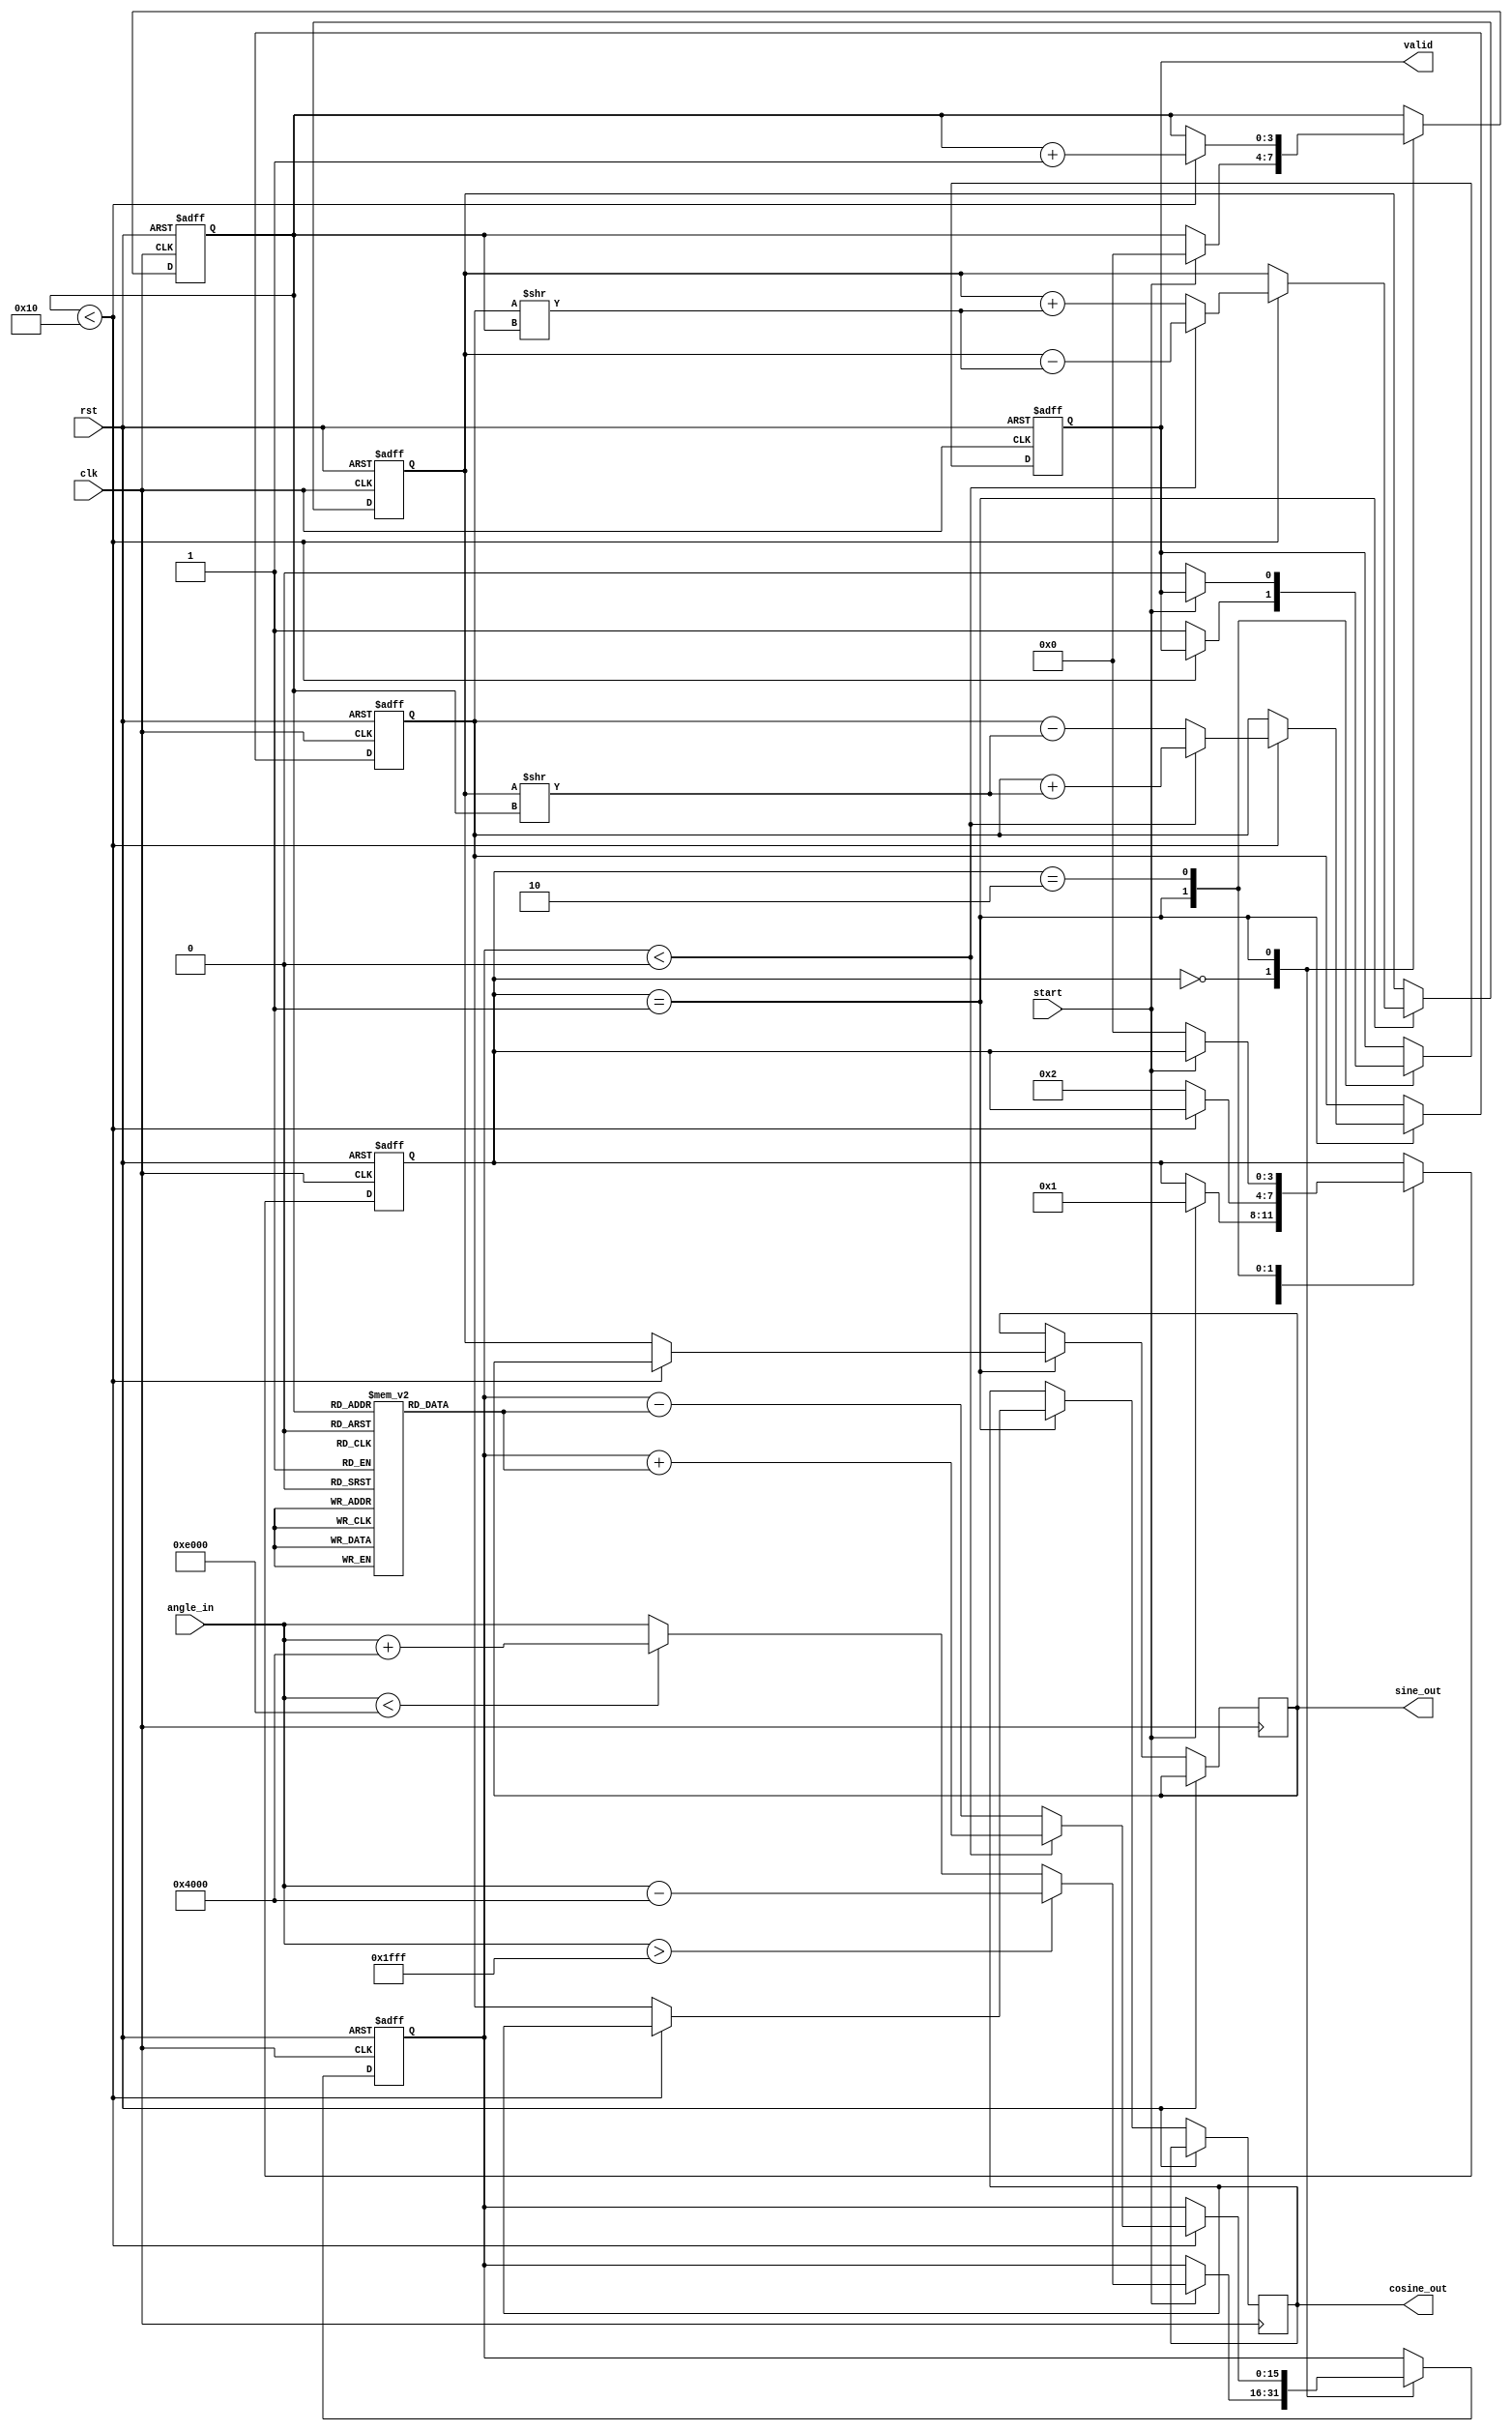
module cordic(
    input wire clk,
    input wire rst,
    input wire [15:0] angle_in, // Input angle in fixed-point format
    input wire start,
    output reg [15:0] sine_out, // Output sine value
    output reg [15:0] cosine_out, // Output cosine value
    output reg valid // Output valid signal
);

    // Parameters
    parameter NUM_ITERATIONS = 16; // Number of iterations for CORDIC
    parameter LUT_SIZE = NUM_ITERATIONS; // Size of the lookup table
    parameter FIXED_POINT_FRACTIONAL_BITS = 14; // Fractional bits for fixed-point representation

    // Pre-computed arctangent values (in fixed-point format)
    reg [15:0] atan_lut[LUT_SIZE-1:0];
    initial begin
        // Pre-computed values for atan(2^-i) in fixed-point format
        atan_lut[0] = 16'h2000; // atan(1) = /4
        atan_lut[1] = 16'h1333; // atan(0.5) = /6
        atan_lut[2] = 16'h0A3D; // atan(0.25) = /12
        atan_lut[3] = 16'h0519; // atan(0.125) = /24
        // Add more values as needed...
    end

    // State machine for CORDIC iterations
    reg [3:0] state;
    reg [15:0] x, y, z; // x, y, and z coordinates
    reg [3:0] iteration_count;

    // Angle normalization
    function [15:0] normalize_angle(input [15:0] angle);
        begin
            if (angle > 16'h1FFF) // Normalize to [-, ]
                normalize_angle = angle - 16'h4000; // Subtract 2
            else if (angle < -16'h2000)
                normalize_angle = angle + 16'h4000; // Add 2
            else
                normalize_angle = angle;
        end
    endfunction

    // Main CORDIC logic
    always @(posedge clk or posedge rst) begin
        if (rst) begin
            state <= 0;
            iteration_count <= 0;
            x <= 16'h4000; // Initial x = 1.0
            y <= 16'h0000; // Initial y = 0.0
            z <= 0; // Initial angle
            valid <= 0;
        end else begin
            case (state)
                0: begin // Initialization
                    if (start) begin
                        z <= normalize_angle(angle_in);
                        iteration_count <= 0;
                        state <= 1;
                    end
                end
                1: begin // Iteration
                    if (iteration_count < NUM_ITERATIONS) begin
                        if (z < 0) begin
                            // Rotate clockwise
                            x <= x + (y >> iteration_count);
                            y <= y - (x >> iteration_count);
                            z <= z + atan_lut[iteration_count];
                        end else begin
                            // Rotate counterclockwise
                            x <= x - (y >> iteration_count);
                            y <= y + (x >> iteration_count);
                            z <= z - atan_lut[iteration_count];
                        end
                        iteration_count <= iteration_count + 1;
                    end else begin
                        // Final output
                        sine_out <= y;
                        cosine_out <= x;
                        valid <= 1;
                        state <= 2; // Move to output state
                    end
                end
                2: begin // Output state
                    if (!start) begin
                        valid <= 0; // Reset valid signal
                        state <= 0; // Go back to initialization
                    end
                end
            endcase
        end
    end
endmodule